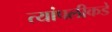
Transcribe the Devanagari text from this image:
त्यांपलीकडे